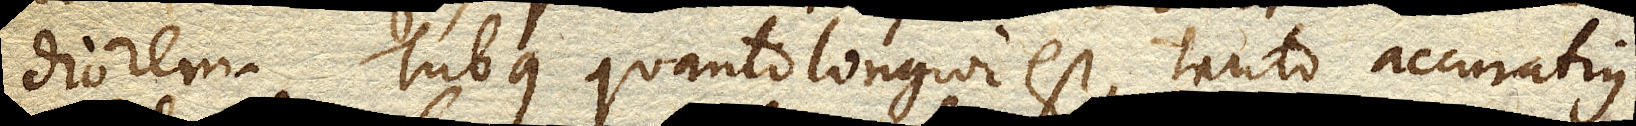
diorem. Tubus quanto longior est, tanto accuratius